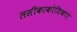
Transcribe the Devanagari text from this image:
लसीकाकोशिकाएं